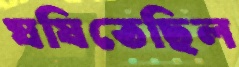
ঘষিতেছিল